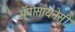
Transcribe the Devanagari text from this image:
अॅपोसायनेसी